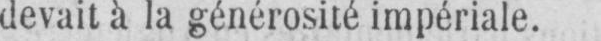
devait à la générosité impériale.